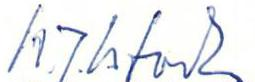
H.J. Ustvedt